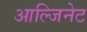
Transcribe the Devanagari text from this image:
आल्जिनेट